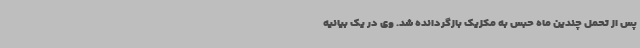
پس از تحمل چندین ماه حبس به مکزیک بازگردانده شد. وی در یک بیانیه